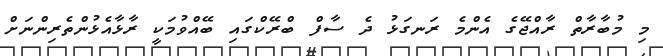
މި މުބާރާތް ރާއްޖޭގެ އެންމެ ރަނގަޅު ދެ ސާފް ބްރޭކްގައި ބޭއްވުމަކީ ރާޅާއެޅުންތެރިންނަށް